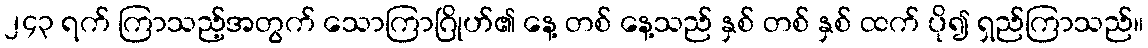
၂၄၃ ရက် ကြာသည့်အတွက် သောကြာဂြိုဟ်၏ နေ့ တစ် နေ့သည် နှစ် တစ် နှစ် ထက် ပို၍ ရှည်ကြာသည်။